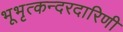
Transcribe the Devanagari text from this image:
भूभृत्कन्दरदारिणी